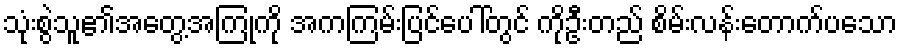
သုံးစွဲသူ၏အတွေ့အကြုံကို အကကြမ်းပြင်ပေါ်တွင် ကိုဦးတည် စိမ်းလန်းတောက်ပသော